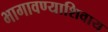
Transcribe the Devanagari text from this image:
भागावण्याशिवाय